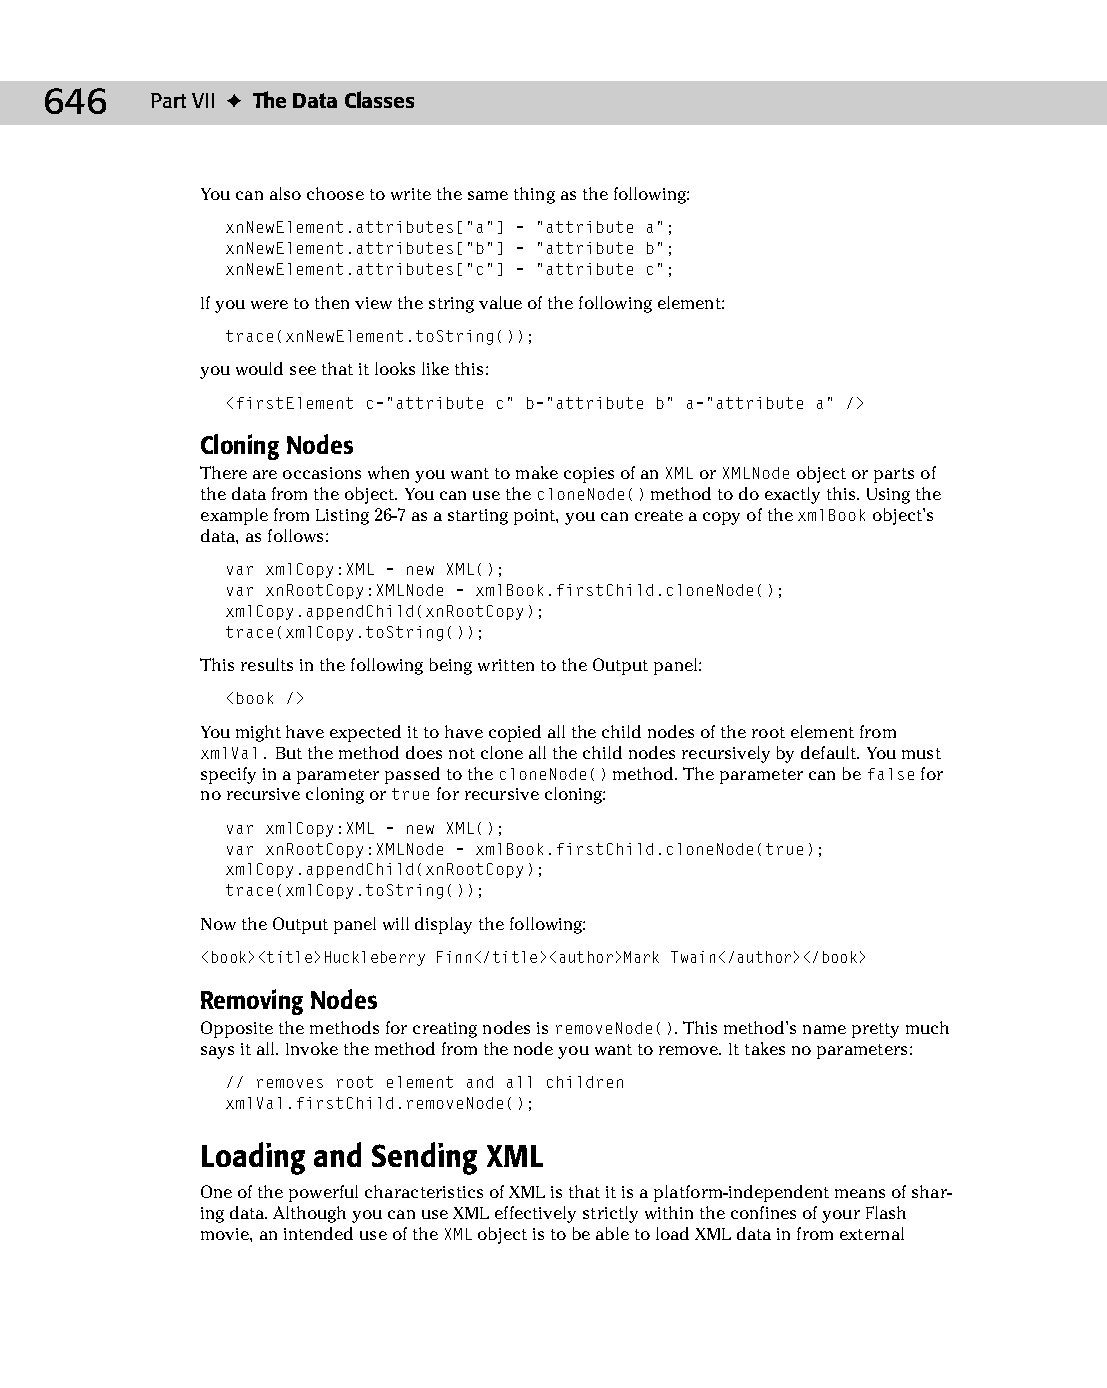
34 543547 ch26.qxd 3/24/04 4:08 PM Page 646
 646    Part VII ✦ The Data Classes
 You can also choose to write the same thing as the following:
 xnNewElement.attributes[“a”] = “attribute a”;
 xnNewElement.attributes[“b”] = “attribute b”;
 xnNewElement.attributes[“c”] = “attribute c”;
 If you were to then view the string value of the following element:
 trace(xnNewElement.toString());
 you would see that it looks like this:
 <firstElement c=”attribute c” b=”attribute b” a=”attribute a” />
 Cloning Nodes
 There are occasions when you want to make copies of an XML or XMLNode object or parts of
 the data from the object. You can use the cloneNode() method to do exactly this. Using the
 example from Listing 26-7 as a starting point, you can create a copy of the xmlBook object’s
 data, as follows:
 var xmlCopy:XML = new XML();
 var xnRootCopy:XMLNode = xmlBook.firstChild.cloneNode();
 xmlCopy.appendChild(xnRootCopy);
 trace(xmlCopy.toString());
 This results in the following being written to the Output panel:
 <book />
 You might have expected it to have copied all the child nodes of the root element from
 xmlVal. But the method does not clone all the child nodes recursively by default. You must
 specify in a parameter passed to the cloneNode() method. The parameter can be false for
 no recursive cloning or true for recursive cloning:
 var xmlCopy:XML = new XML();
 var xnRootCopy:XMLNode = xmlBook.firstChild.cloneNode(true);
 xmlCopy.appendChild(xnRootCopy);
 trace(xmlCopy.toString());
 Now the Output panel will display the following:
 <book><title>Huckleberry Finn</title><author>Mark Twain</author></book>
 Removing Nodes
 Opposite the methods for creating nodes is removeNode(). This method’s name pretty much
 says it all. Invoke the method from the node you want to remove. It takes no parameters:
 // removes root element and all children
 xmlVal.firstChild.removeNode();
 Loading and Sending XML
 One of the powerful characteristics of XML is that it is a platform-independent means of shar­
 ing data. Although you can use XML effectively strictly within the confines of your Flash
 movie, an intended use of the XML object is to be able to load XML data in from external